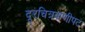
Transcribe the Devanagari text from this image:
दूरचित्रवाणीपट